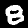
Digit: 8